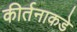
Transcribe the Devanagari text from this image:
कीर्तनाकडे